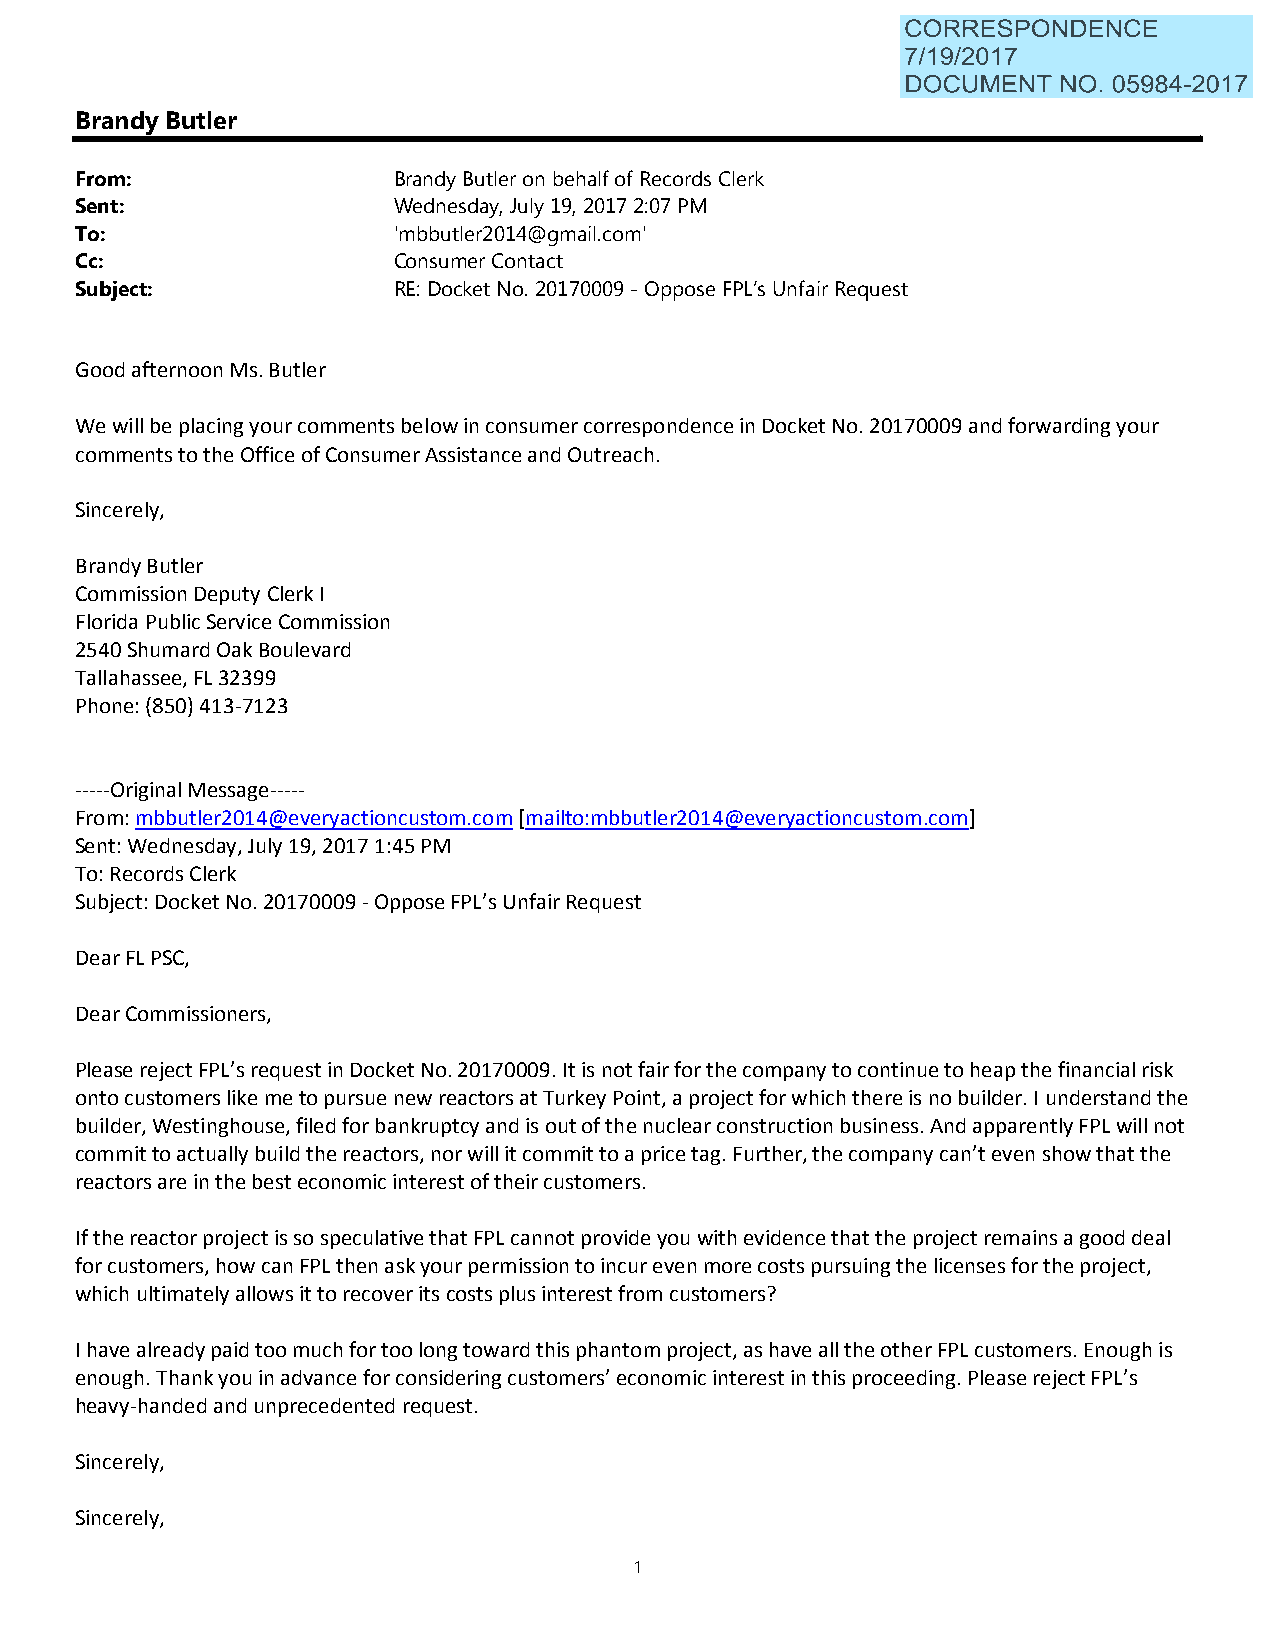
Brandy Butler
 From:                Brandy Butler on behalf of Records Clerk
 Sent:                Wednesday, July 19, 2017 2:07 PM
 To:                  'mbbutler2014@gmail.com'
 Cc:                  Consumer Contact
 Subject:             RE: Docket No. 20170009 - Oppose FPL’s Unfair Request
 Good afternoon Ms. Butler
 We will be placing your comments below in consumer correspondence in Docket No. 20170009 and forwarding your
 comments to the Office of Consumer Assistance and Outreach.
 Sincerely,
 Brandy Butler
 Commission Deputy Clerk I
 Florida Public Service Commission
 2540 Shumard Oak Boulevard
 Tallahassee, FL 32399
 Phone: (850) 413-7123
 -----Original Message-----
 From: mbbutler2014@everyactioncustom.com [mailto:mbbutler2014@everyactioncustom.com]
 Sent: Wednesday, July 19, 2017 1:45 PM
 To: Records Clerk
 Subject: Docket No. 20170009 - Oppose FPL’s Unfair Request
 Dear FL PSC,
 Dear Commissioners,
 Please reject FPL’s request in Docket No. 20170009. It is not fair for the company to continue to heap the financial risk
 onto customers like me to pursue new reactors at Turkey Point, a project for which there is no builder. I understand the
 builder, Westinghouse, filed for bankruptcy and is out of the nuclear construction business. And apparently FPL will not
 commit to actually build the reactors, nor will it commit to a price tag. Further, the company can’t even show that the
 reactors are in the best economic interest of their customers.
 If the reactor project is so speculative that FPL cannot provide you with evidence that the project remains a good deal
 for customers, how can FPL then ask your permission to incur even more costs pursuing the licenses for the project,
 which ultimately allows it to recover its costs plus interest from customers?
 I have already paid too much for too long toward this phantom project, as have all the other FPL customers. Enough is
 enough. Thank you in advance for considering customers’ economic interest in this proceeding. Please reject FPL’s
 heavy-handed and unprecedented request.
 Sincerely,
 Sincerely,
 1